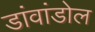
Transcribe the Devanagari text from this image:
डांवांडोल